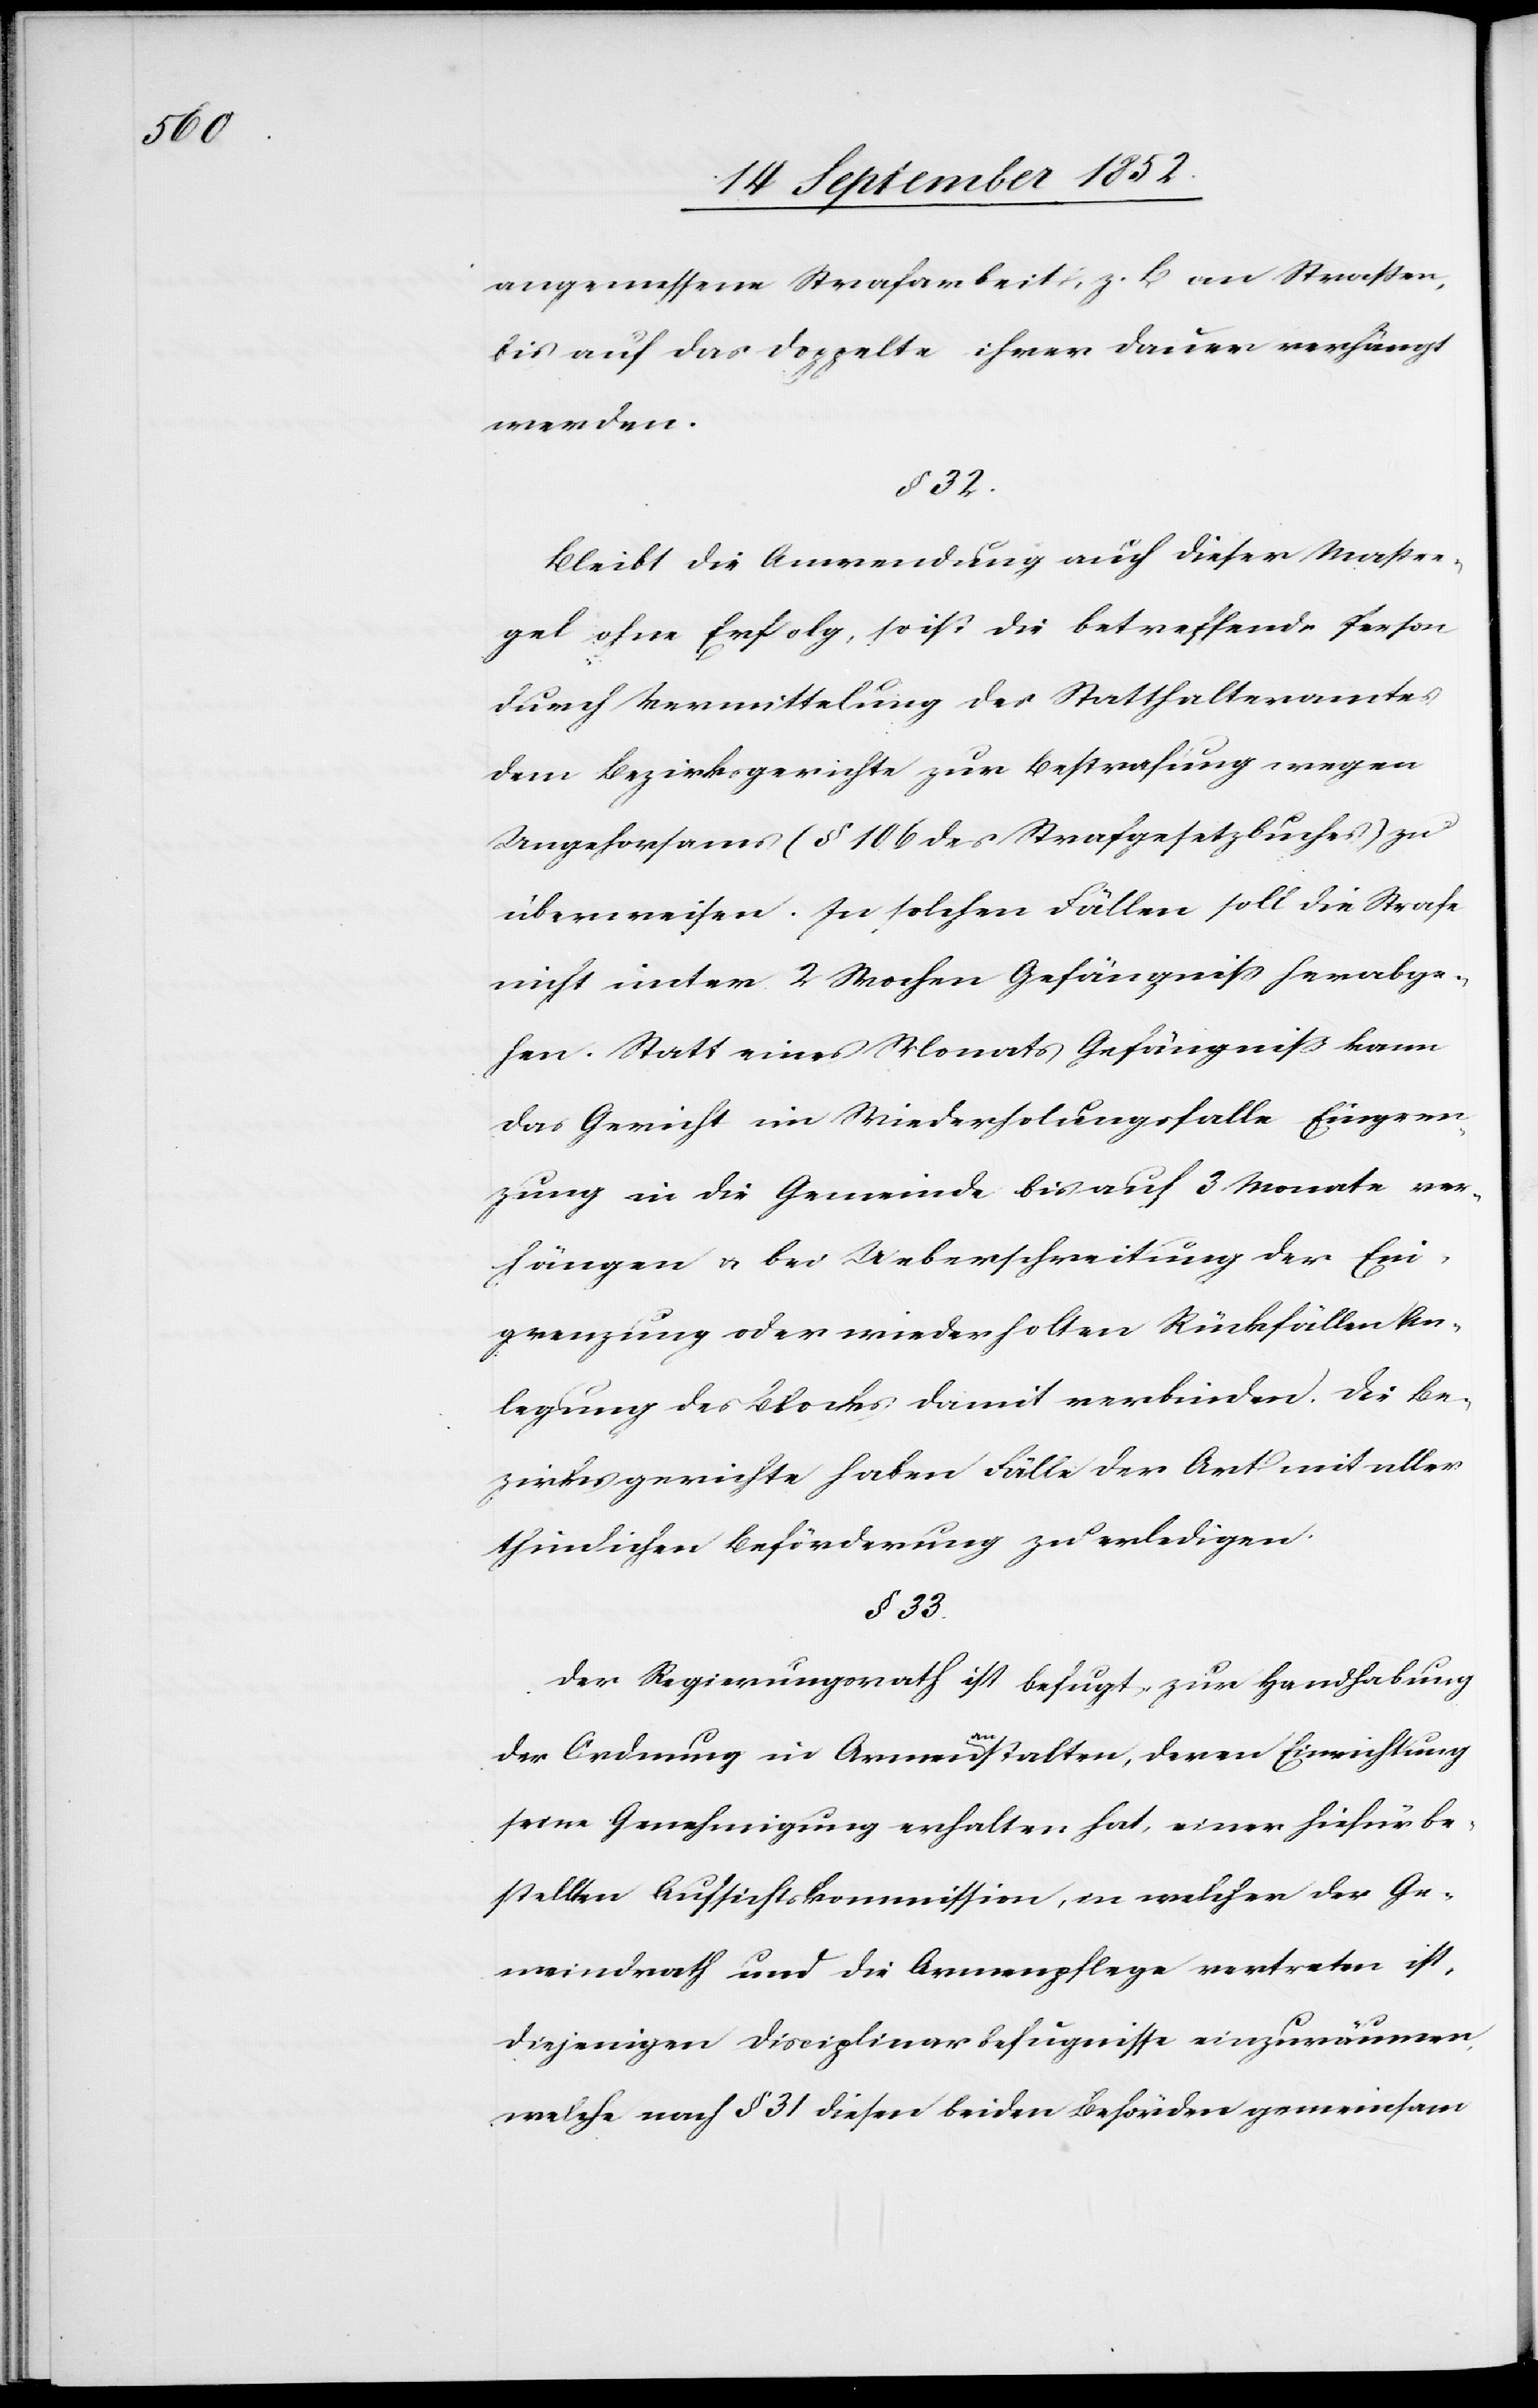
angemessene Strafarbeit, z. B. an Straßen,
bis auf das Doppelte ihrer Dauer verhängt
werden.
§ 32.
Bleibt die Anwendung auch dieser Maßre¬
gel ohne Erfolg, so ist die betreffende Person
durch Vermittelung des Statthalteramtes
dem Bezirksgerichte zur Bestrafung wegen
Ungehorsams (§ 106 des Strafgesetzbuches) zu
überweisen. In solchen Fällen soll die Strafe
nicht unter 2 Wochen Gefängniss herabge¬
hen. Statt eines Monats Gefängniss kann
das Gericht im Wiederholungsfalle Eingren¬
zung in die Gemeinde bis auf 3 Monate ver¬
hängen & bei Ueberschreitung der Ein¬
grenzung oder wiederholten Rückfällen An¬
legung des Blocks damit verbinden. Die Be¬
zirksgerichte haben Fälle der Art mit aller
thunlichen Beförderung zu erledigen.
§ 33.
Der Regierungsrath ist befugt, zur Handhabung
der Ordnung in Armenanstalten, deren Einrichtung
seine Genehmigung erhalten hat, einer hiefür be¬
stellten Aufsichtskommission, in welcher der Ge¬
meindrath und die Armenpflege vertreten ist,
diejenigen Disciplinarbefugnisse einzuräumen,
welche nach § 31 diesen beiden Behörden gemeinsam